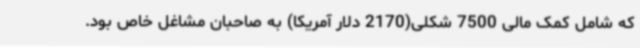
که شامل کمک مالی 7500 شکلی(2170 دلار آمریکا) به صاحبان مشاغل خاص بود.